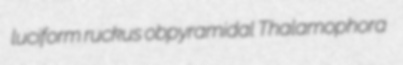
luciform ruckus obpyramidal Thalamophora